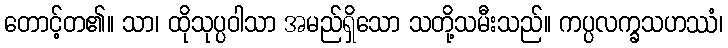
တောင့်တ၏။ သာ၊ ထိုသုပ္ပဝါသာ အမည်ရှိသော သတို့သမီးသည်။ ကပ္ပလက္ခသဟဿံ၊